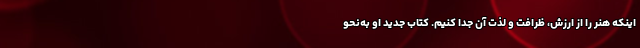
اینکه هنر را از ارزش، ظرافت و لذت آن جدا کنیم. کتاب جدید او به‌نحو